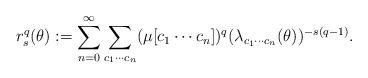
LaTeX: \begin{align*}r_s^q(\theta):=\sum_{n=0}^{\infty} \sum_{c_1\cdots c_n}(\mu[c_1\cdots c_n])^q(\lambda_{c_1\cdots c_n}(\theta))^{-s(q-1)}.\end{align*}